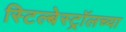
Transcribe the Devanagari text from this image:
स्टिल्बेस्ट्रॉलच्या